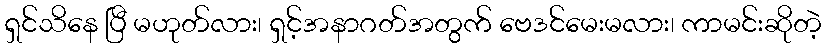
ရှင်သိနေ ပြီ မဟုတ်လား၊ ရှင့်အနာဂတ်အတွက် ဗေဒင်မေးမလား၊ ကာမင်းဆိုတဲ့